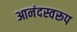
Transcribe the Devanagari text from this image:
आनंदस्वरूप